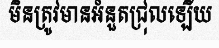
មិនត្រូវមានអំនួតជ្រុលឡើយ